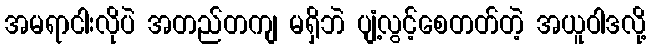
အမရာငါးလိုပဲ အတည်တကျ မရှိဘဲ ပျံ့လွင့်စေတတ်တဲ့ အယူဝါဒလို့